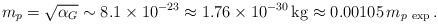
\begin{align*}m_p = \sqrt{\alpha_G} \sim 8.1 \times 10^{-23} \approx 1.76 \times 10^{-30} \, \mathrm{kg} \approx 0.00105 \, m_{p\ \mathrm{exp}}\,. \end{align*}